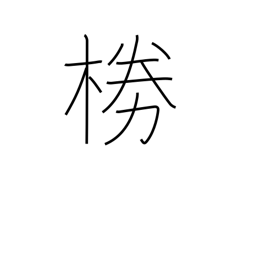
Meaning: wickerwork